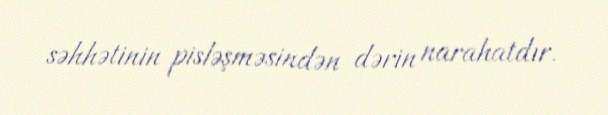
səhhətinin pisləşməsindən dərin narahatdır.